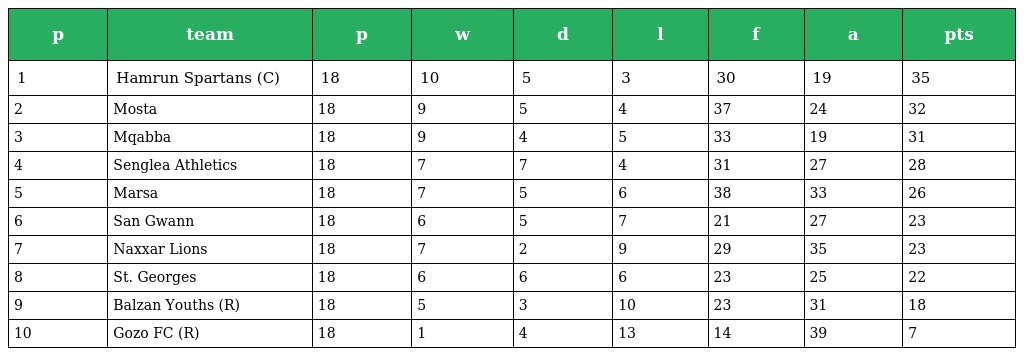
| p | team | p | w | d | l | f | a | pts |
 | --- | --- | --- | --- | --- | --- | --- | --- | --- |
 | 1 | Hamrun Spartans (C) | 18 | 10 | 5 | 3 | 30 | 19 | 35 |
 | 2 | Mosta | 18 | 9 | 5 | 4 | 37 | 24 | 32 |
 | 3 | Mqabba | 18 | 9 | 4 | 5 | 33 | 19 | 31 |
 | 4 | Senglea Athletics | 18 | 7 | 7 | 4 | 31 | 27 | 28 |
 | 5 | Marsa | 18 | 7 | 5 | 6 | 38 | 33 | 26 |
 | 6 | San Gwann | 18 | 6 | 5 | 7 | 21 | 27 | 23 |
 | 7 | Naxxar Lions | 18 | 7 | 2 | 9 | 29 | 35 | 23 |
 | 8 | St. Georges | 18 | 6 | 6 | 6 | 23 | 25 | 22 |
 | 9 | Balzan Youths (R) | 18 | 5 | 3 | 10 | 23 | 31 | 18 |
 | 10 | Gozo FC (R) | 18 | 1 | 4 | 13 | 14 | 39 | 7 |